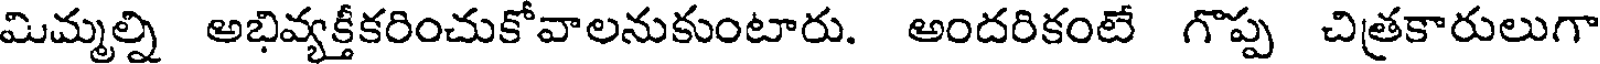
మిమ్మల్ని అభివ్యక్తీకరించుకోవాలనుకుంటారు. అందరికంటే గొప్ప చిత్రకారులుగా